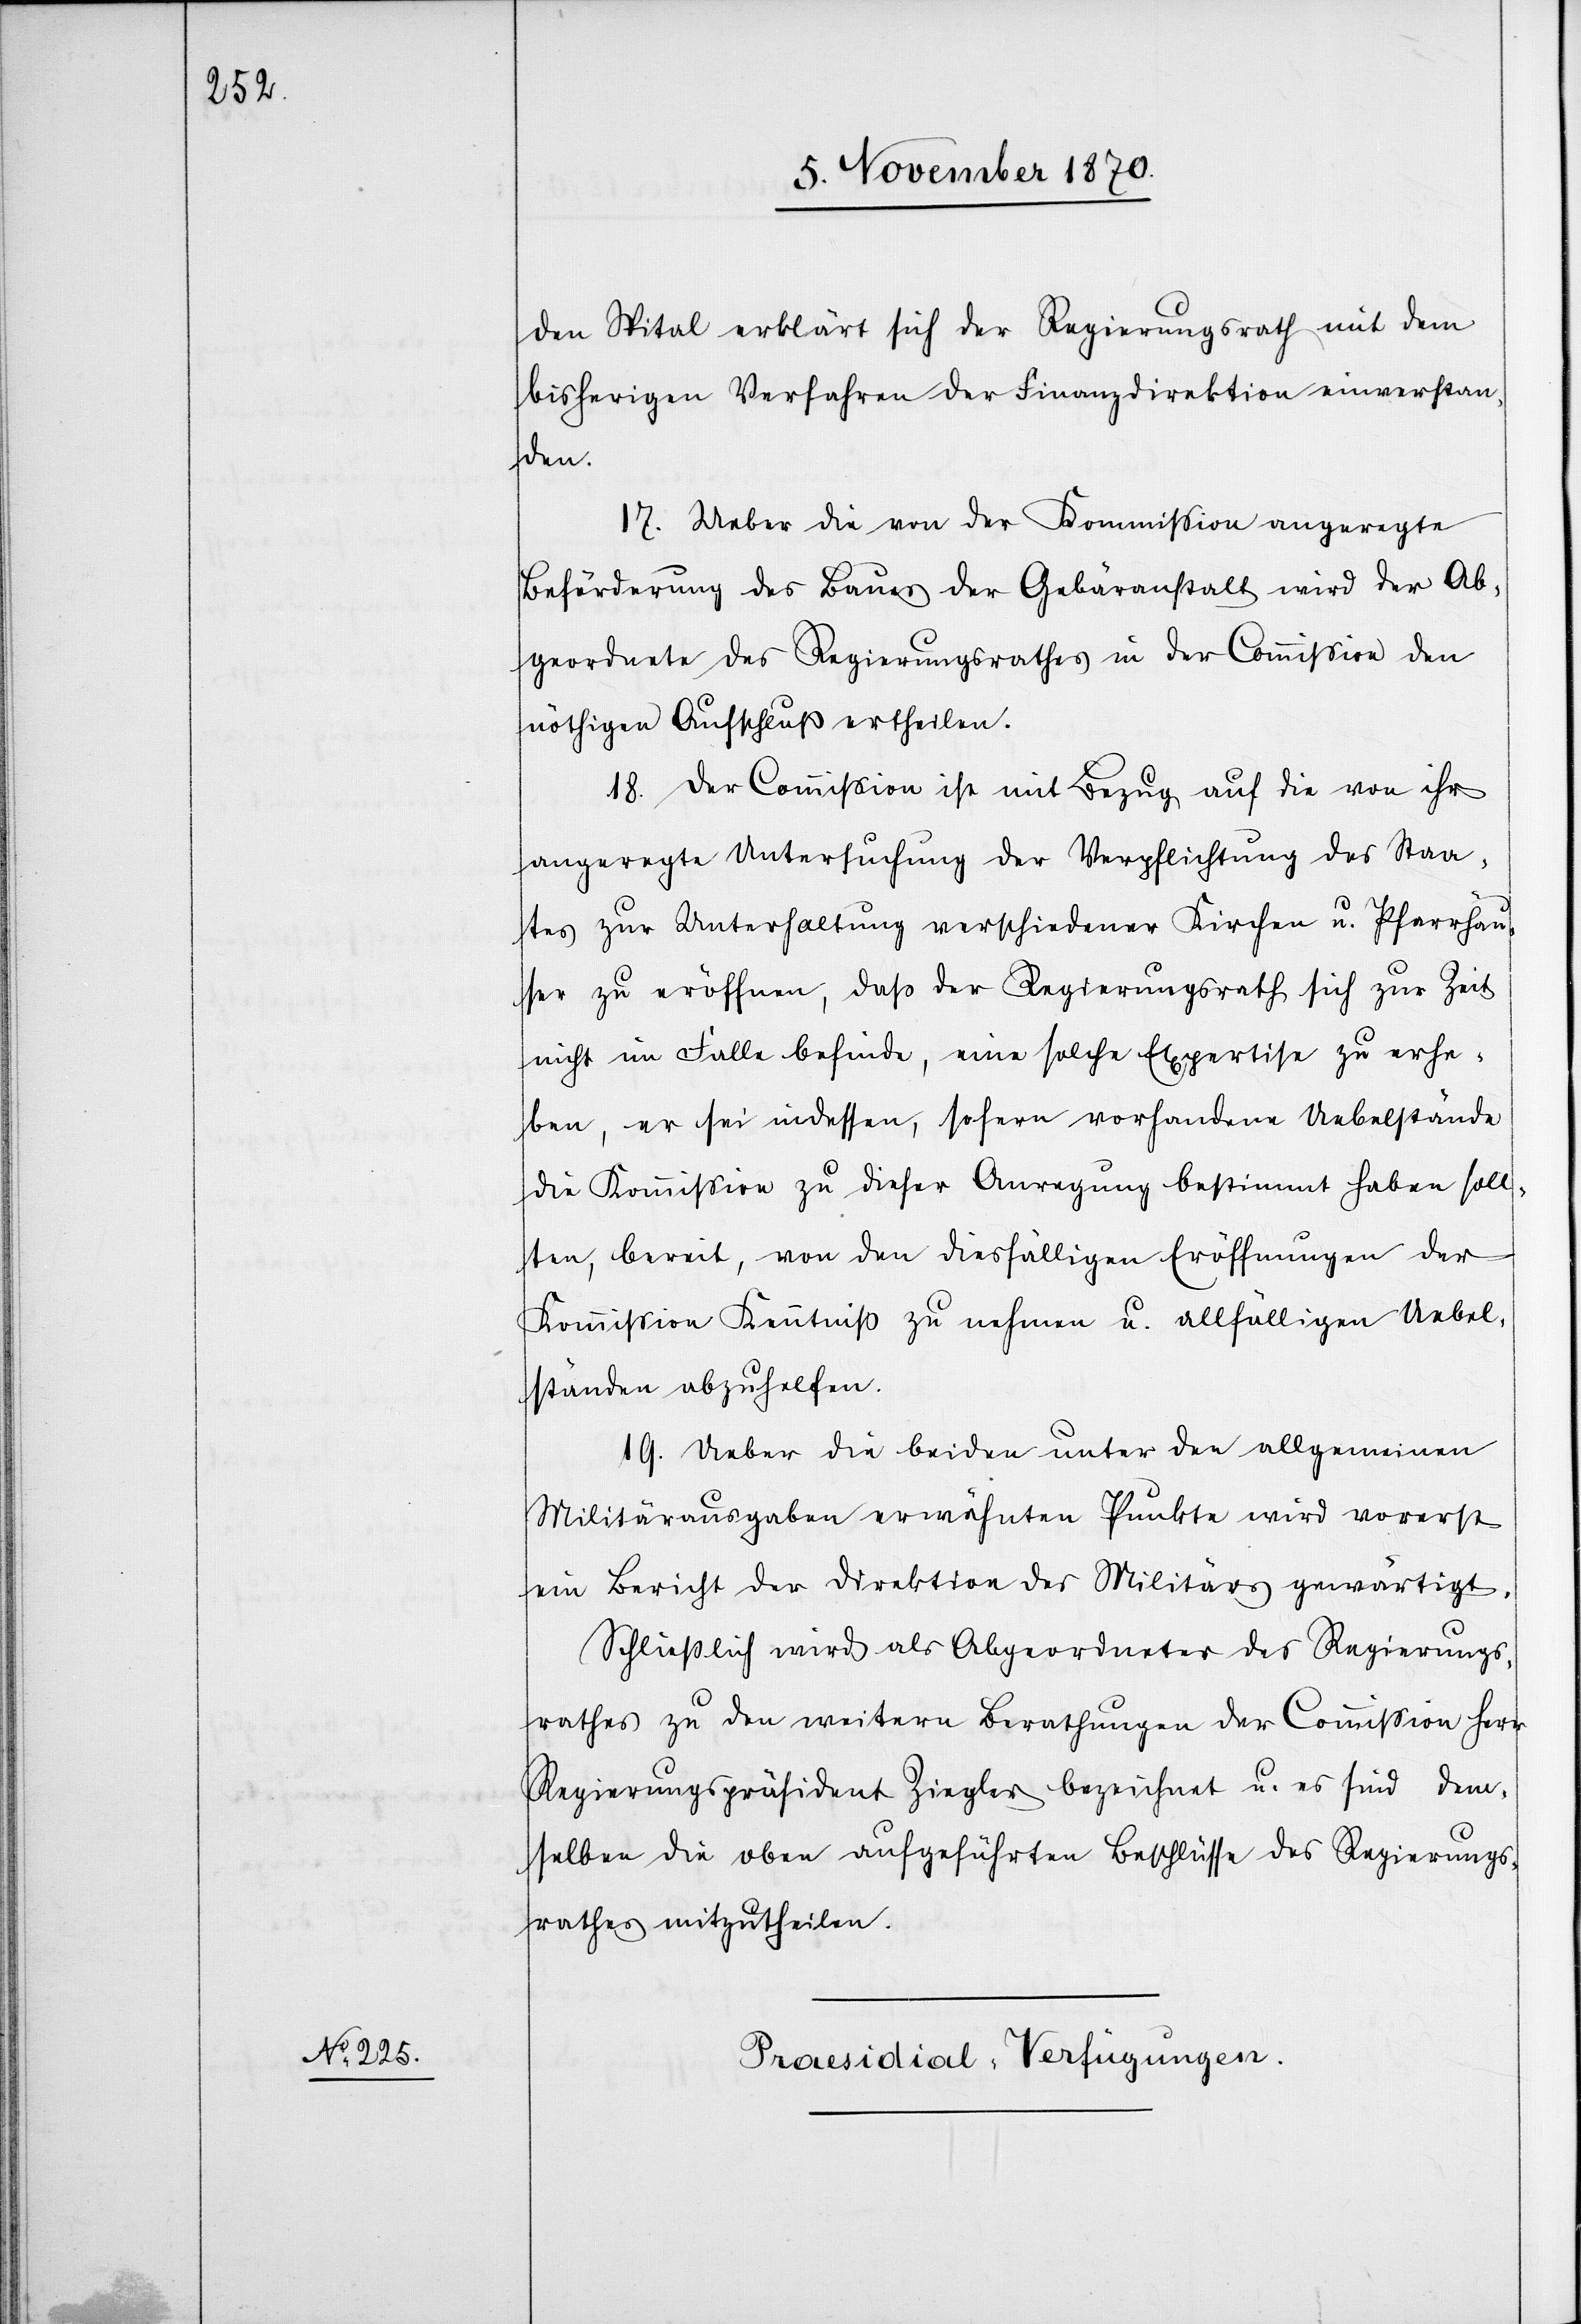
den Spital erklärt sich der Regierungsrath mit dem
bisherigen Verfahren der Finanzdirektion einverstan¬
dem¬
17. Ueber die von der Kommission angeregte
Beförderung des Baues der Gebäranstalt wird der Ab¬
geordnete des Regierungsrathes in der Commißion den
nöthigen Aufschluß ertheilen.
18. Der Commißion ist mit Bezug auf die von ihr
angeregte Untersuchung der Verpflichtung des Staa¬
tes zur Unterhaltung verschiedener Kirchen u. Pfarrhäu¬
ser zu eröffnen, daß der Regierungsrath sich zur Zeit
nicht im Falle befinde, eine solche Expertise zu erhe¬
ben, er sei indessen, sofern vorhandene Uebelstände
die Kommission zu dieser Anregung bestimmt haben soll¬
u.
ten, bereit, von den diesfälligen Eröffnungen der
Kommißion Kenntniß zu nehmen u. allfälligen Uebel¬
ständen abzuhelfen.
19. Ueber die beiden unter den allgemeinen
Militärausgaben erwähnten Punkte wird vorerst
ein Bericht der Direktion des Militärs gewärtigt.
Schließlich wird als Abgeordneter des Regierungs¬
rathes zu den weitern Berathungen der Regierungspräsi¬
selben die oben aufgeführten Beschlüsse des Regierungs¬
rathes mitzutheilen.
Praesidial-Verfügungen.